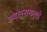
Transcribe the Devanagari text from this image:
आंदोलनासारखी